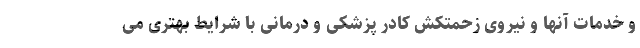
و خدمات آنها و نیروی زحمتکش کادر پزشکی و درمانی با شرایط بهتری می